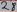
Text: 28